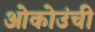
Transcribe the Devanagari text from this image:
ओकोउंची